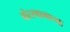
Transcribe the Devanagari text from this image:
बोत्स्वानाच्या